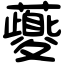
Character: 𧃍